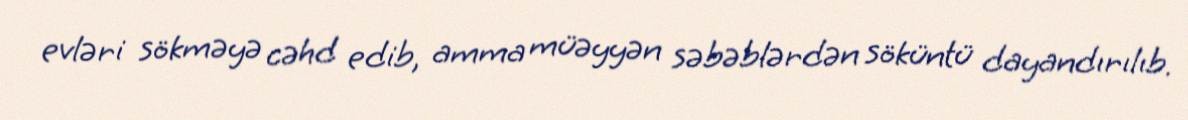
evləri sökməyə cəhd edib, amma müəyyən səbəblərdən söküntü dayandırılıb.